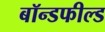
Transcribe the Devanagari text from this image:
बॉन्डफील्ड